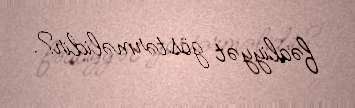
fəaliyyət göstərməlidir?.